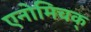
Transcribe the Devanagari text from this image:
एनोमिचक्